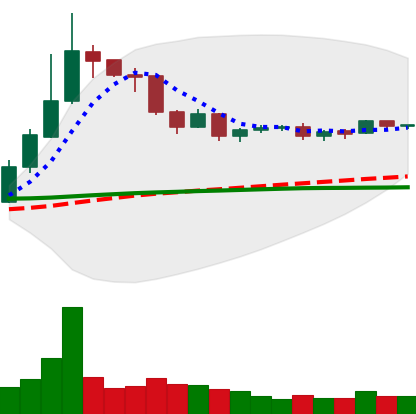
Ticker: DOGE-USD
Chart end date: 2019-04-20
Forward return: -13.646%
Label: down_7plus